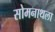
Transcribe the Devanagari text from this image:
सोमनाथला